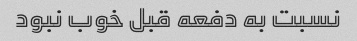
نسبت به دفعه قبل خوب نبود